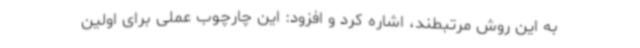
به این روش مرتبطند، اشاره کرد و افزود: این چارچوب عملی برای اولین